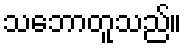
သဘောတူသည်။